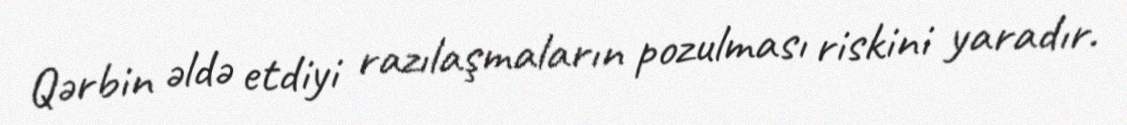
Qərbin əldə etdiyi razılaşmaların pozulması riskini yaradır.